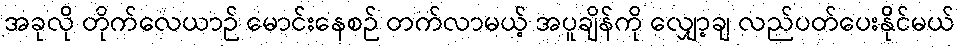
အခုလို တိုက်လေယာဉ် မောင်းနေစဉ် တက်လာမယ့် အပူချိန်ကို လျှော့ချ လည်ပတ်ပေးနိုင်မယ်